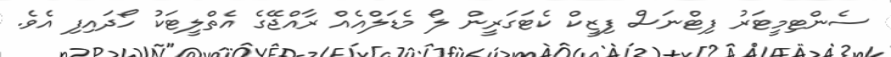
ސެންޓިމީޓަރު ފިޓްނަސް ފިޒީކް ކެޓަގަރީން ލޯ މެޑަލްއެއް ރާއްޖޭގެ އެތްލީޓަކު ހޯދައިފި އެވެ.